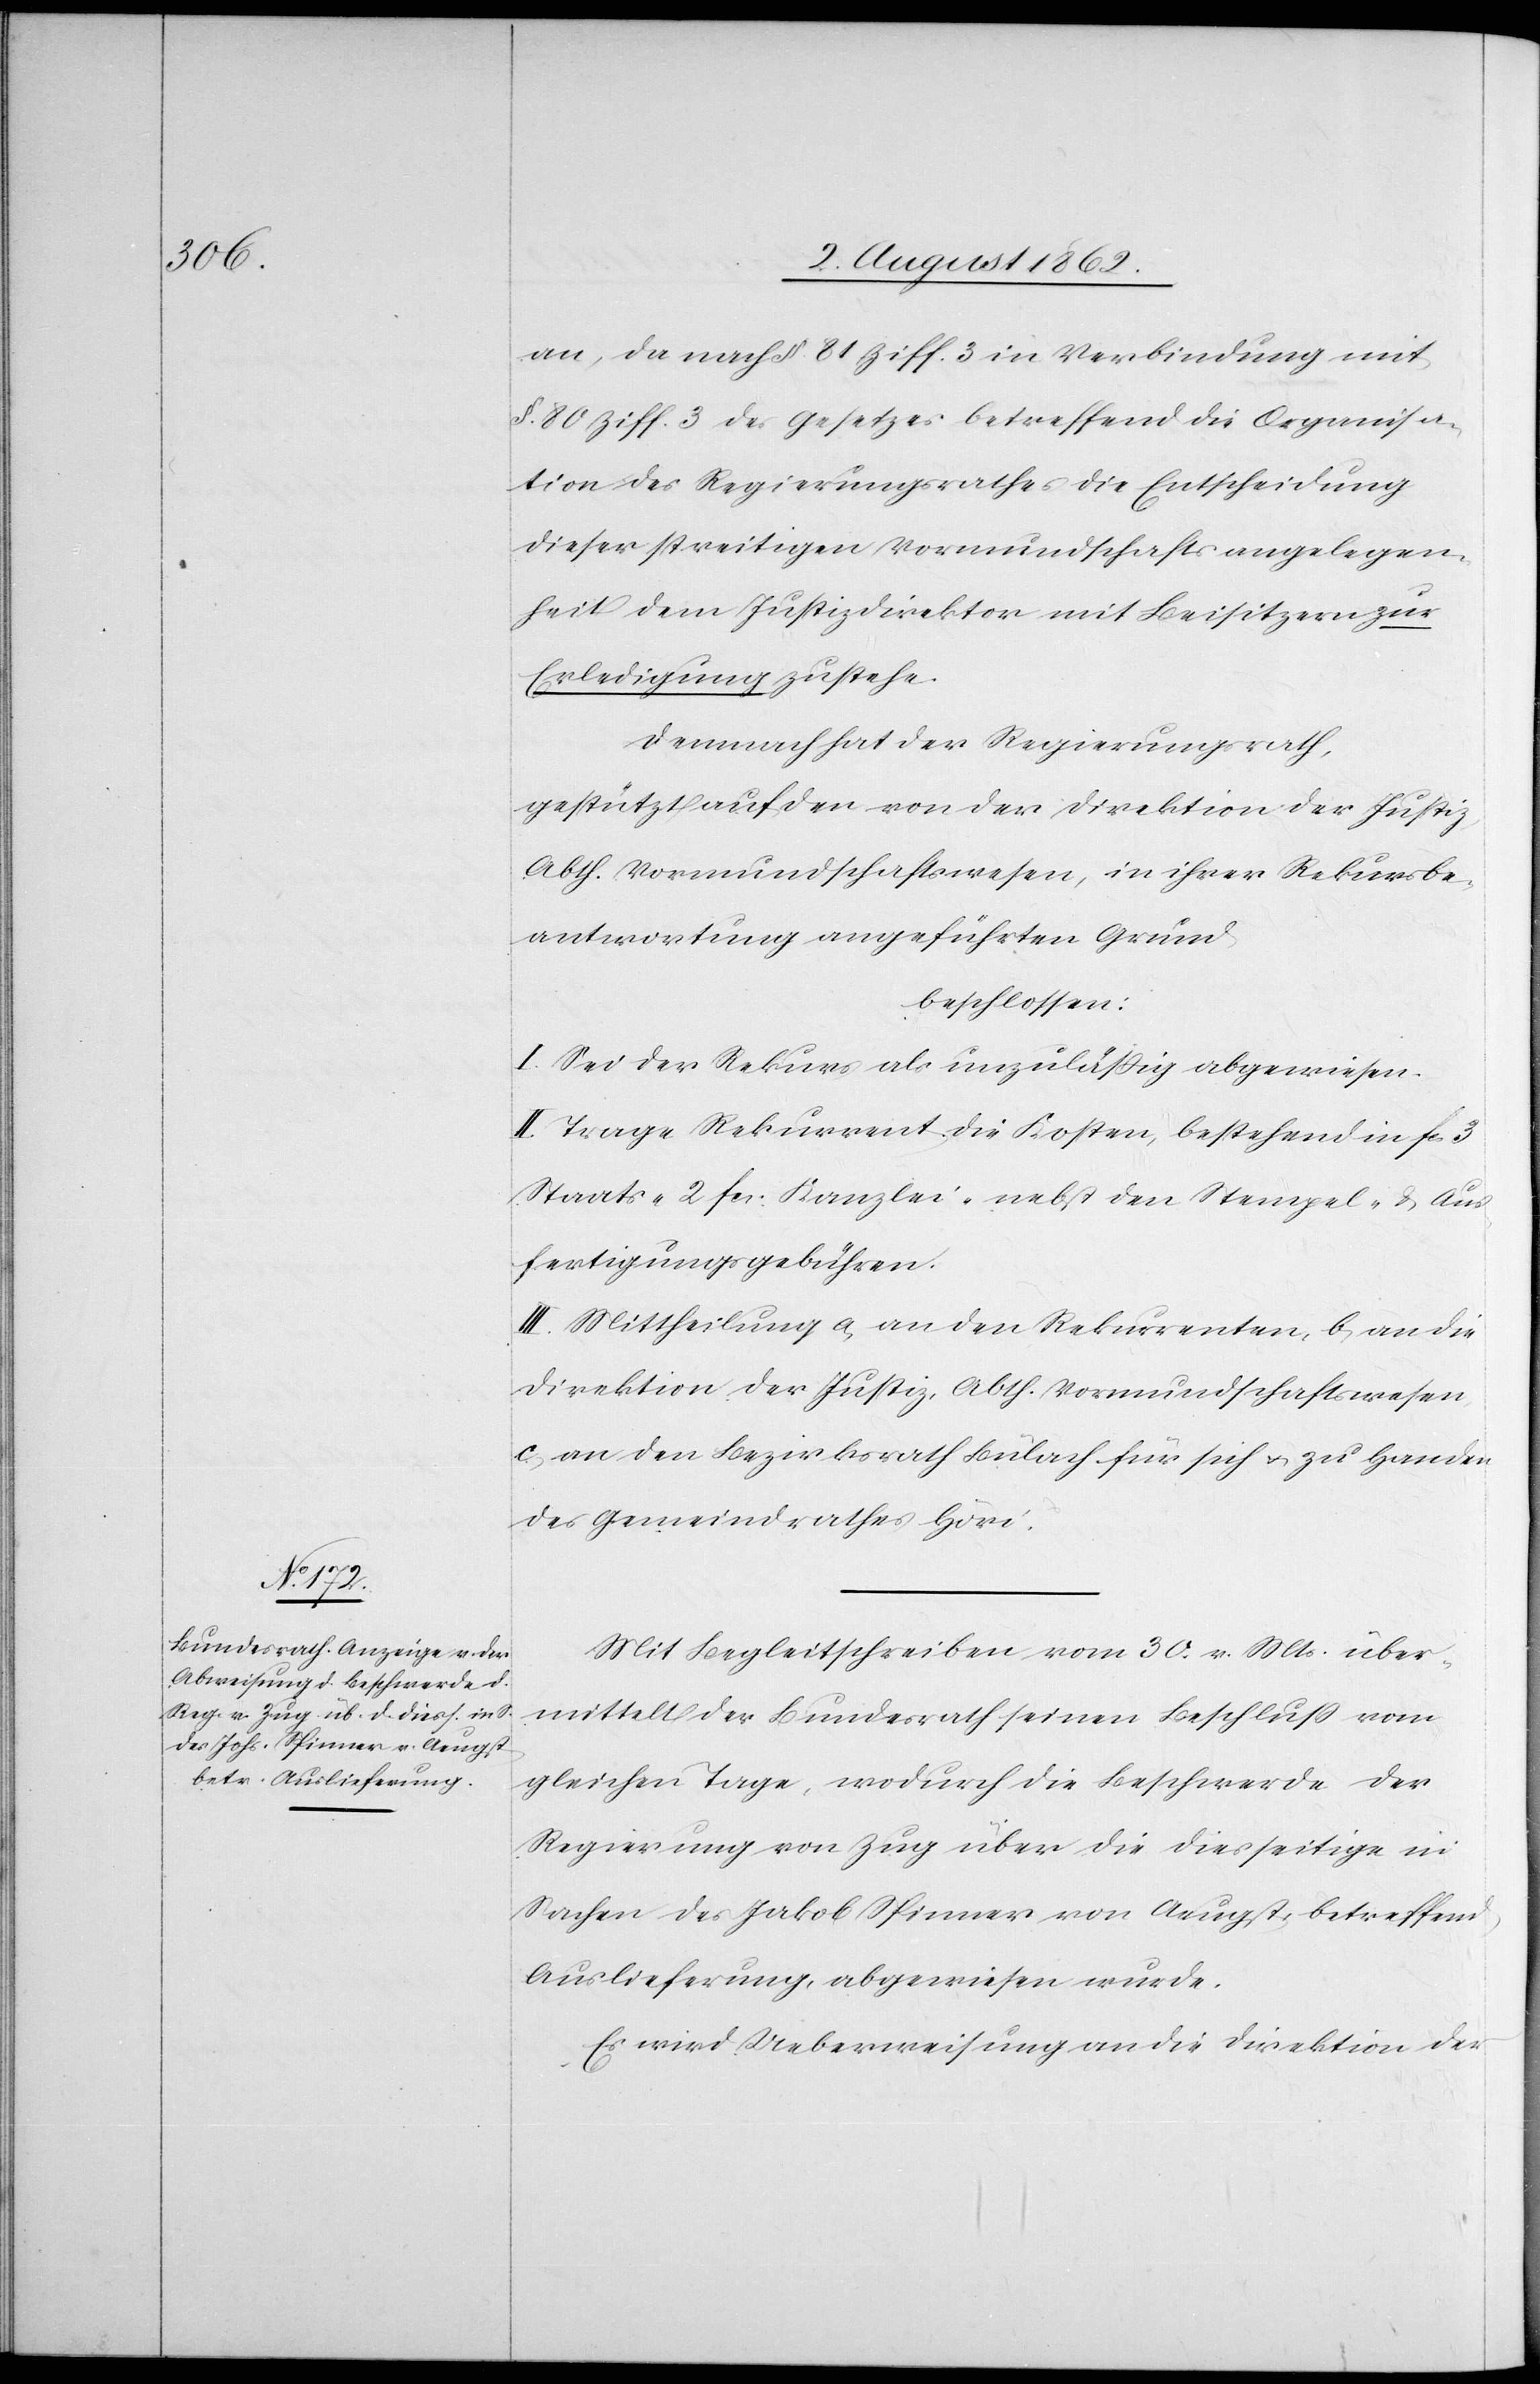
an, da nach §. 81 Ziff. 3 in Verbindung mit
§. 80 Ziff. 3 des Gesetzes betreffend die Organisa¬
tion des Regierungsrathes die Entscheidung
dieser streitigen Vormundschaftsangelegen¬
heit dem Justizdirektor mit Beisitzern zur
Erledigung zustehe.
Demnach hat der Regierungsrath,
gestützt auf den von der Direktion der Justiz,
Abth. Vormundschafswesen, in ihrer Rekursbe¬
antwortung angeführten Grund
beschlossen:
I. Sei der Rekurs als unzuläßig abgewiesen.
II. Trage Rekurrent die Kosten, bestehend in fcs. 3
Staats- 2 fcs. Kanzlei- nebst den Stempel- u. Aus¬
fertigungsgebühren.
III. Mittheilung a. an den Rekurrenten, b. an die
Direktion der Justiz, Abth. Vormundschaftswesen,
c. an den Bezirksrath Bülach für sich u. zu Handen
des Gemeindrathes Höri.
Mit Begleitschreiben vom 30. v. Mts. über¬
mittelt der Bundesrath seinen Beschluß vom
gleichen Tage, wodurch die Beschwerde der
Regierung von Zug über die diesseitige in
Sachen des Jakob [sic!] Spinner von Aeugst, betreffend
Auslieferung, abgewiesen wurde.
Es wird Ueberweisung an die Direktion der